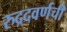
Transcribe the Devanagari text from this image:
रुद्रदवर्णची